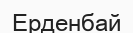
Ерденбай